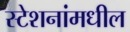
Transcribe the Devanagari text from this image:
स्टेशनांमधील